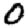
Digit: 0